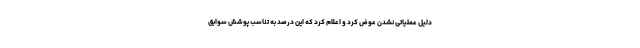
دلیل عملیاتی نشدن عوض کرد و اعلام کرد که این درصد به تناسب پوشش سوابق